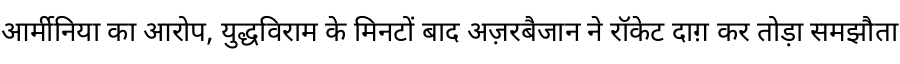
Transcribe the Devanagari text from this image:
आर्मीनिया का आरोप, युद्धविराम के मिनटों बाद अज़रबैजान ने रॉकेट दाग़ कर तोड़ा समझौता